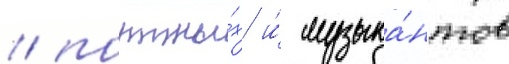
/ портны́х и́ музыка́нтов